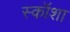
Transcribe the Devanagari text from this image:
स्कॉशा